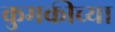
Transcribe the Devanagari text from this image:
कुमकीच्या